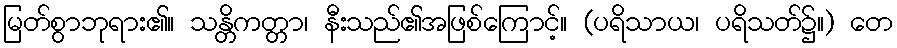
မြတ်စွာဘုရား၏။ သန္တိကတ္တာ၊ နီးသည်၏အဖြစ်ကြောင့်။ (ပရိသာယ၊ ပရိသတ်၌။) တေ